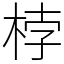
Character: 桲